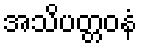
အသိပတ္တဝနံ